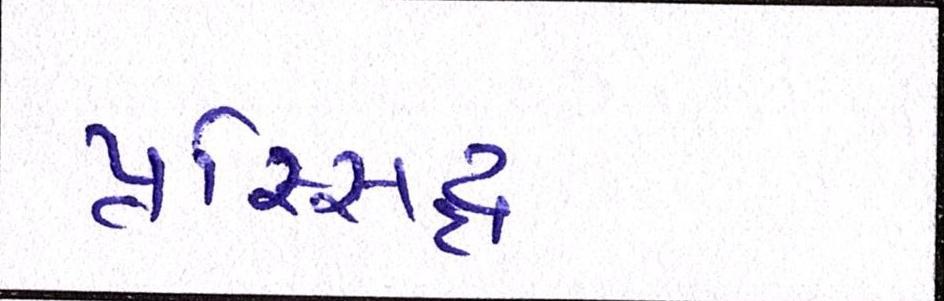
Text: પ્રસ્સિદ્ધ